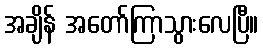
အချိန် အတော်ကြာသွားလေပြီ။